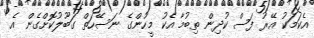
އެކަމަކު އޭރު ފަސް ކުދިން ތިބުމާ އެކު މީހުންގެ ނަސޭހަތް ގަބޫލުކޮށްގެން އެ